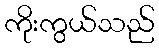
ကိုးကွယ်သည်